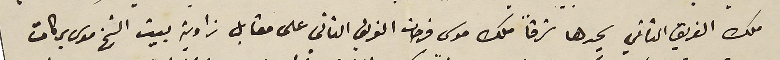
ملك الفريق الثاني يحدها شرقاً ملك موسى فرحات الفريق الثاني على مقابل زاوية بيت الشيخ موسى بركات